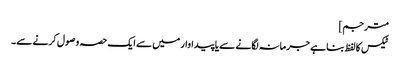
مترجم]
ٹیکس کا لفظ بنا ہے جرمانہ لگانے سے یا پیداوار میں سے ایک حصہ وصول کرنے سے۔